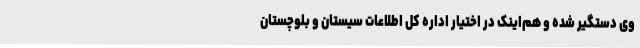
وی دستگیر شده و هم‌اینک در اختیار اداره کل اطلاعات سیستان و بلوچستان